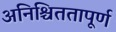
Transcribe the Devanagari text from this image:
अनिश्चिततापूर्ण